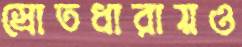
স্রোতধারায়ও